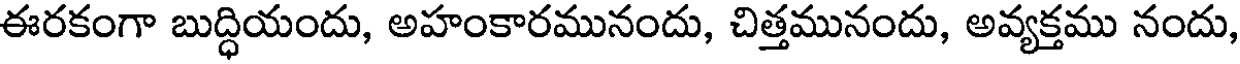
ఈరకంగా బుద్ధియందు, అహంకారమునందు, చిత్తమునందు, అవ్యక్తము నందు,